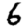
Digit: 6